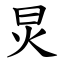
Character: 炅